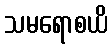
သမရောစယိ